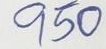
950